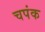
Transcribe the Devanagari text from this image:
चपंक